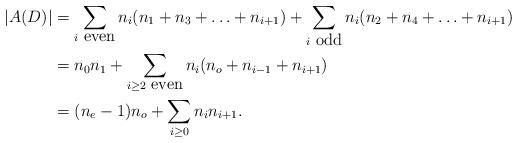
LaTeX: \begin{align*}\lvert A(D) \rvert&= \sum_{ i \mbox{ even}}n_i(n_1+n_3+\ldots +n_{i+1}) + \sum_{ i \mbox{ odd}}n_i(n_2+n_4+\ldots +n_{i+1})\\&= n_0n_1+ \sum_{ i\ge 2 \mbox{ even}} n_i (n_o + n_{i-1}+n_{i+1})\\&=(n_e-1) n_o +\sum_{i\ge 0} n_i n_{i+1}.\end{align*}